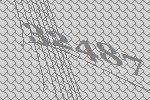
32487